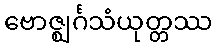
ဗောဇ္ဈင်္ဂသံယုတ္တဿ